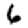
Digit: 6